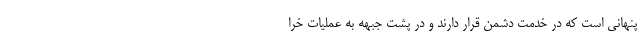
پنهانی است که در خدمت دشمن قرار دارند و در پشت جبهه به عملیات خرا